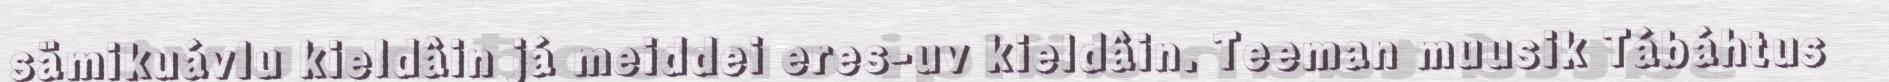
sämikuávlu kieldâin já meiddei eres-uv kieldâin. Teeman muusik Tábáhtus